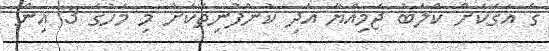
ގެ އަގަކަށް ކްލަބު ޖަމިއްޔާ އަދި ކުންފުނިތަކަށް މި މަހުގެ 3 އިން